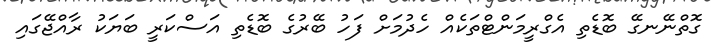
ގޮތްނޭނގޭ ބޮޑެތި އެގްރީމަންޓްތަކެއް ހެދުމަށް ފަހު ބޭރުގެ ބޮޑެތި އަސްކަރީ ބަޔަކު ރާއްޖޭގައި